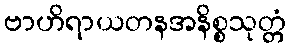
ဗာဟိရာယတနအနိစ္စသုတ္တံ